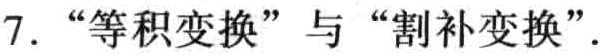
7. “等积变换”与“割补变换”.